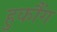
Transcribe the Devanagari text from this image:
हुकौंग